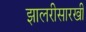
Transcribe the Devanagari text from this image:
झालरीसारखी